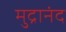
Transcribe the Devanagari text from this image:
मुद्रानंद